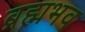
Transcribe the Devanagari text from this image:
ब्रह्मभव